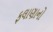
ફલાણાનો